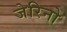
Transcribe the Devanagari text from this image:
जेरिनो